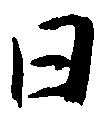
日